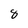
Character: 8